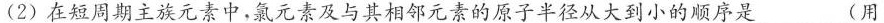
(2)在短周期主族元素中，氯元素及与其相邻元素的原子半径从大到小的顺序是___(用